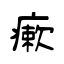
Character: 瘶